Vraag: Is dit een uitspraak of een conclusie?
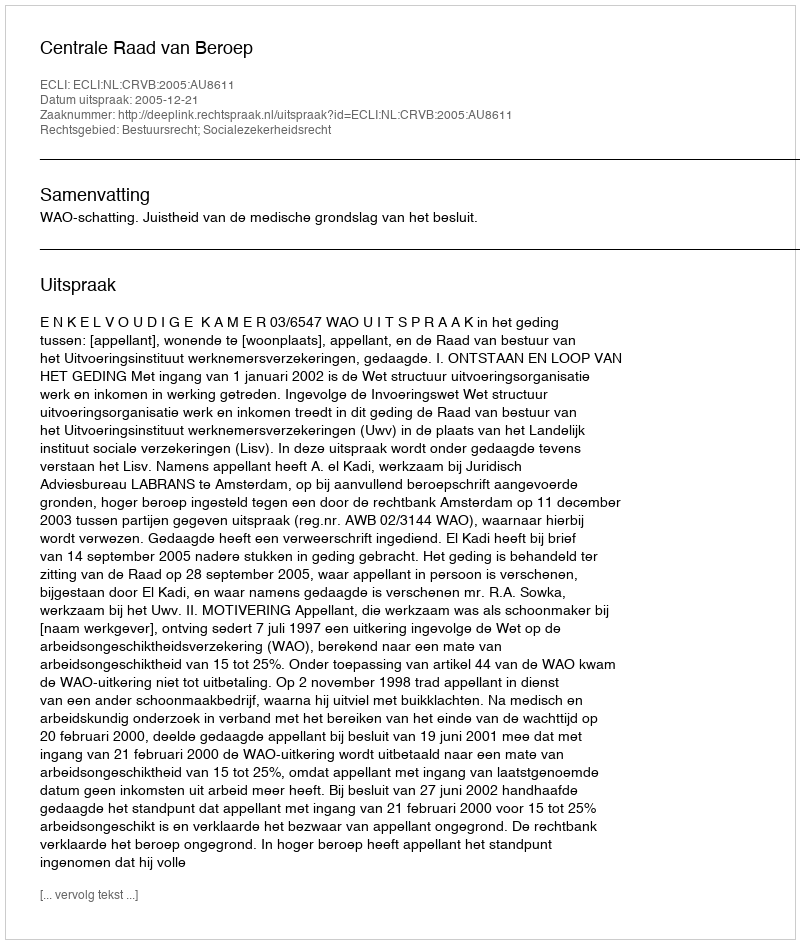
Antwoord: Uitspraak